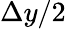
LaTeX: \Delta y/2